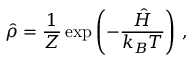
\hat { \rho } = \frac { 1 } { Z } \exp \left( - \frac { \hat { H } } { k _ { B } T } \right) \, ,